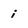
Character: j